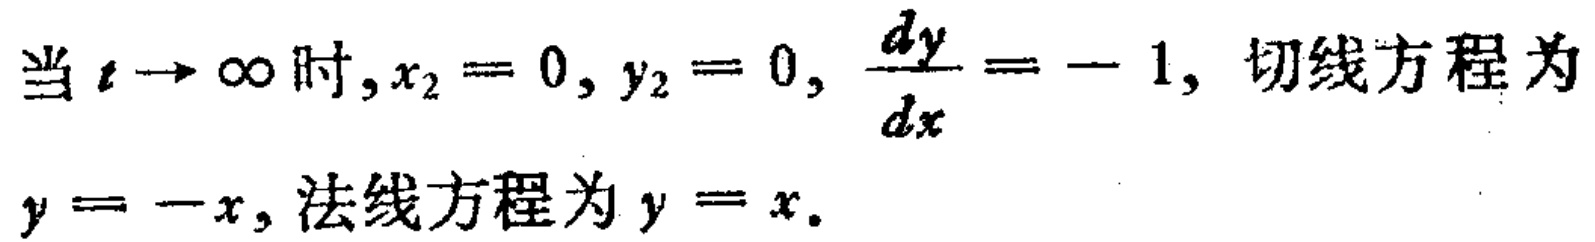
当 \(t \to \infty\) 时, \(x_{2} = 0\), \(y_{2} = 0\), \(\frac{dy}{dx} = - 1\), 切线方程为 \(y = -x\), 法线方程为 \(y = x\).